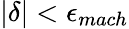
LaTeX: |\delta|<\epsilon_{mach}